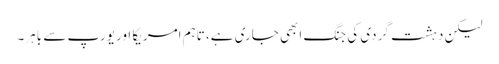
لیکن دہشت گردی کی جنگ ابھی جاری ہے، تاہم امریکا اور یورپ سے باہر۔